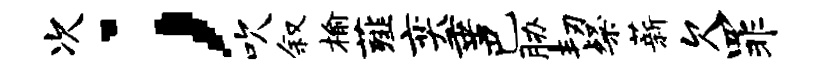
次；吹叙榆薤奕垂巴胁韧粲薪欠罪